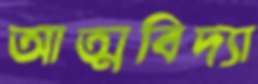
আত্মবিদ্যা